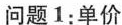
问题1：单价